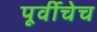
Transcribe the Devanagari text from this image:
पूर्वीचेच